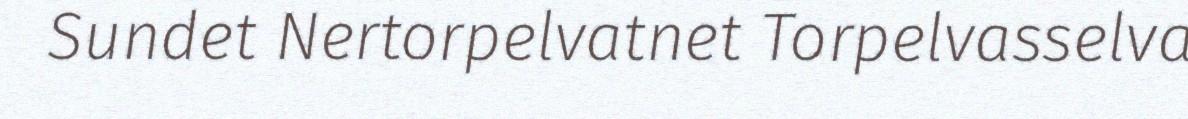
Sundet Nertorpelvatnet Torpelvasselva